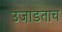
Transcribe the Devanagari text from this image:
उजाडताच